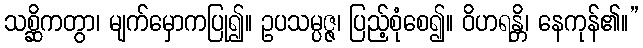
သစ္ဆိကတွာ၊ မျက်မှောကပြု၍။ ဥပသမ္ပဇ္ဇ၊ ပြည့်စုံစေ၍။ ဝိဟရန္တိ၊ နေကုန်၏။”